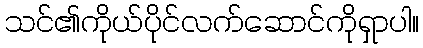
သင်၏ကိုယ်ပိုင်လက်ဆောင်ကိုရှာပါ။